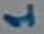
Text: 1